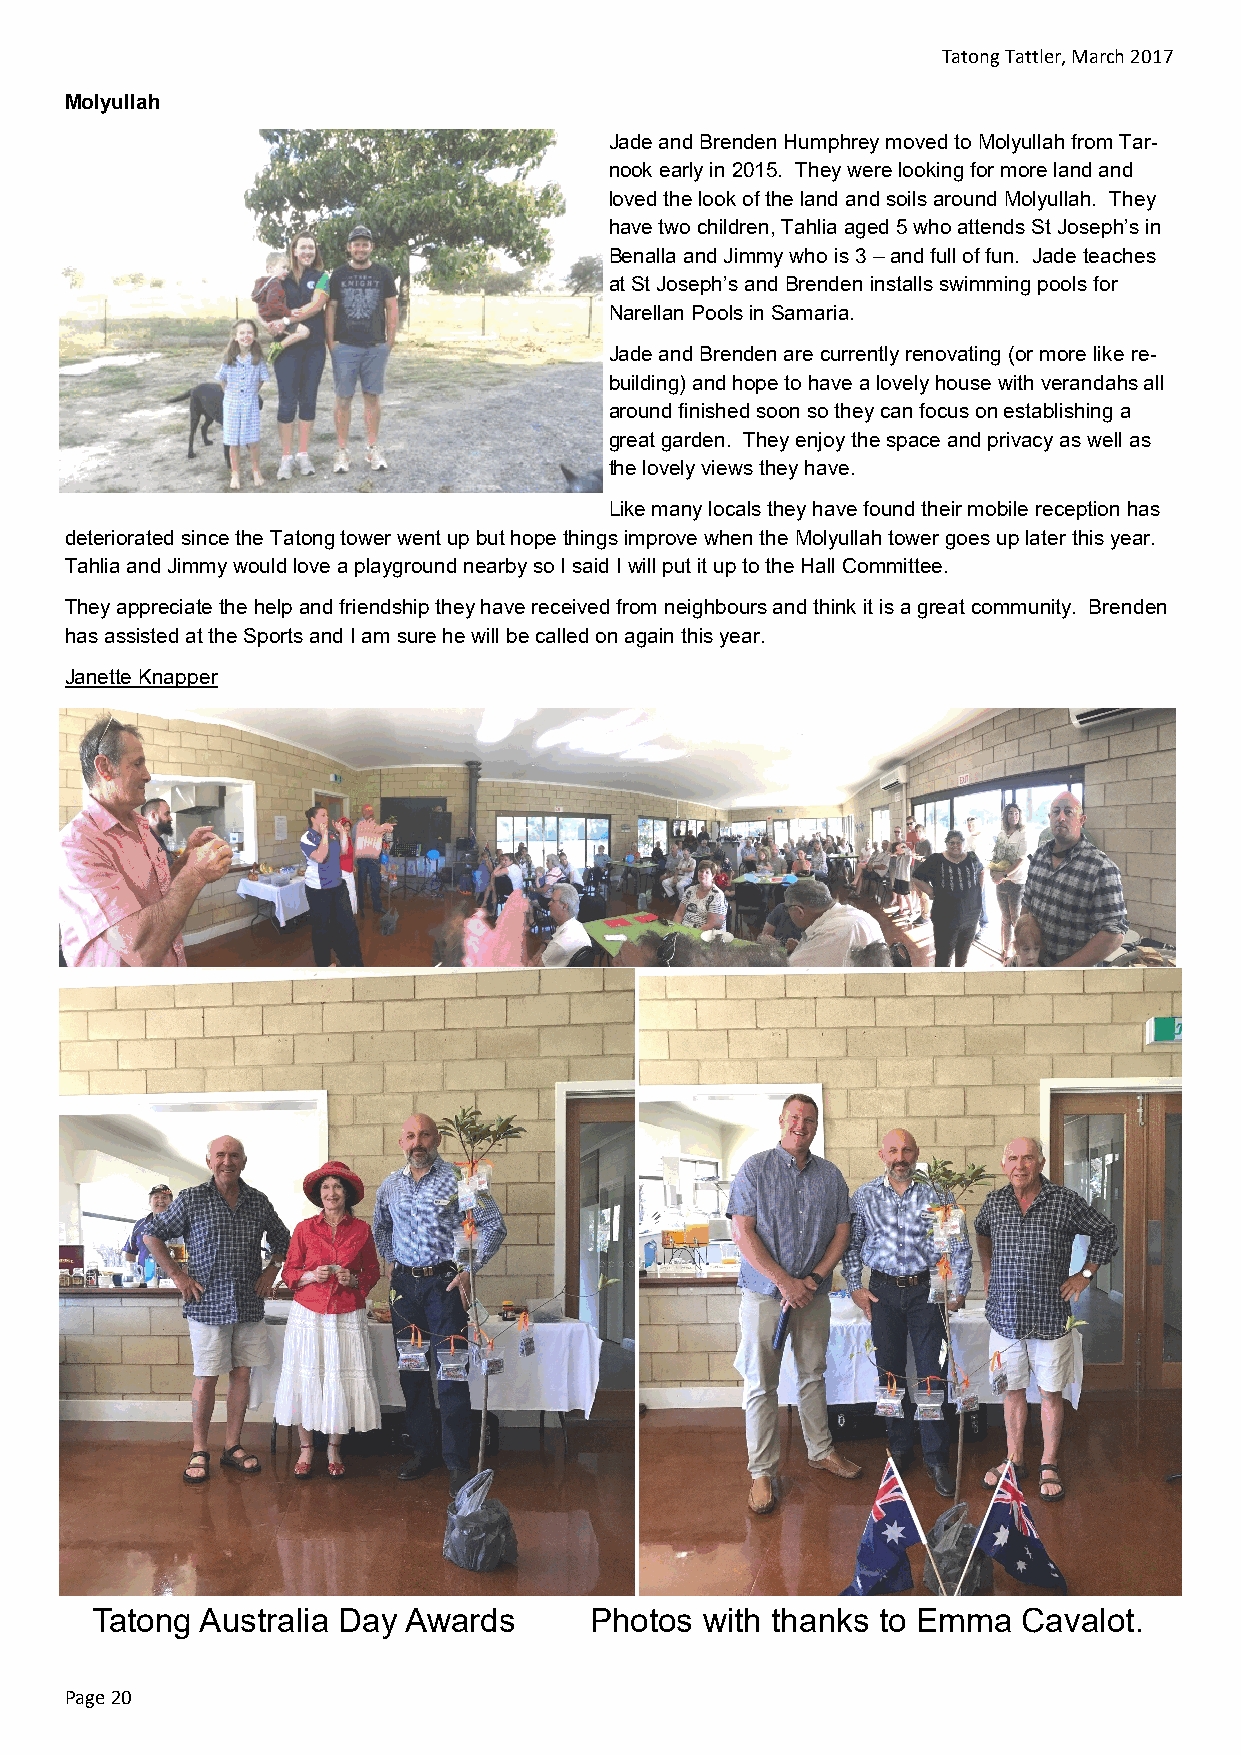
Tatong Tattler, March 2017
 Molyullah
 Jade and Brenden Humphrey moved to Molyullah from Tar-
 nook early in 2015. They were looking for more land and
 loved the look of the land and soils around Molyullah. They
 have two children, Tahlia aged 5 who attends St Joseph’s in
 Benalla and Jimmy who is 3 – and full of fun. Jade teaches
 at St Joseph’s and Brenden installs swimming pools for
 Narellan Pools in Samaria.
 Jade and Brenden are currently renovating (or more like re-
 building) and hope to have a lovely house with verandahs all
 around finished soon so they can focus on establishing a
 great garden. They enjoy the space and privacy as well as
 the lovely views they have.
 Like many locals they have found their mobile reception has
 deteriorated since the Tatong tower went up but hope things improve when the Molyullah tower goes up later this year.
 Tahlia and Jimmy would love a playground nearby so I said I will put it up to the Hall Committee.
 They appreciate the help and friendship they have received from neighbours and think it is a great community. Brenden
 has assisted at the Sports and I am sure he will be called on again this year.
 Janette Knapper
 Tatong Australia Day Awards      Photos  with thanks to Emma  Cavalot.
 Page 20